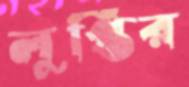
লুপ্তির